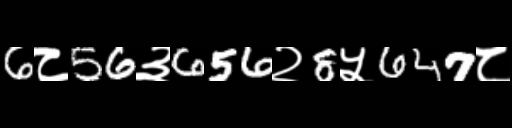
Text: 6८56३656२8५647८